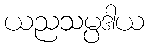
ယညသမ္ပဒါယ